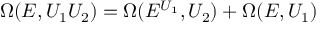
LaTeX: \Omega ( E , U _ { 1 } U _ { 2 } ) = \Omega ( E ^ { U _ { 1 } } , U _ { 2 } ) + \Omega ( E , U _ { 1 } )